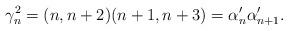
LaTeX: \begin{align*}\gamma_n^2 = (n,n+2) (n+1,n+3) = \alpha'_n \alpha'_{n+1}. \end{align*}